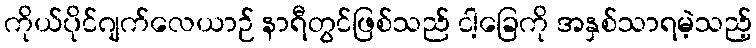
ကိုယ်ပိုင်ဂျက်လေယာဉ် နာရီတွင်ဖြစ်သည် ငါ့ခြေကို အနှစ်သာရမဲ့သည့်